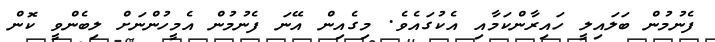
ފެނުމުން ބަލައިލީ ހައިރާންކަމާއި އެކުގައެވެ. މިގެއިން އޭނަ ފެނުމުން އެމީހުންނަށް ލިބެންވީ ކޮން